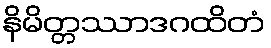
နိမိတ္တဿာဒဂထိတံ